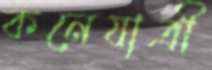
কনেযাত্রী